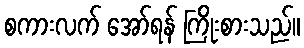
စကားလက် အော်ရန် ကြိုးစားသည်။